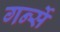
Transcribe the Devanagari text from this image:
गर्न्से